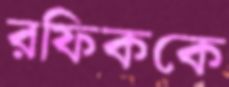
রফিককে